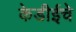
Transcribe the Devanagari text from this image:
केडीईचे